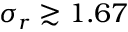
\sigma _ { r } \gtrsim 1 . 6 7